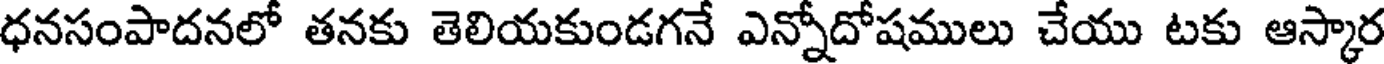
ధనసంపాదనలో తనకు తెలియకుండగనే ఎన్నోదోషములు చేయు టకు ఆస్కార